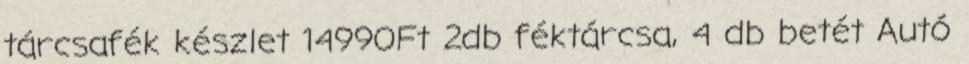
tárcsafék készlet 14990Ft 2db féktárcsa, 4 db betét Autó